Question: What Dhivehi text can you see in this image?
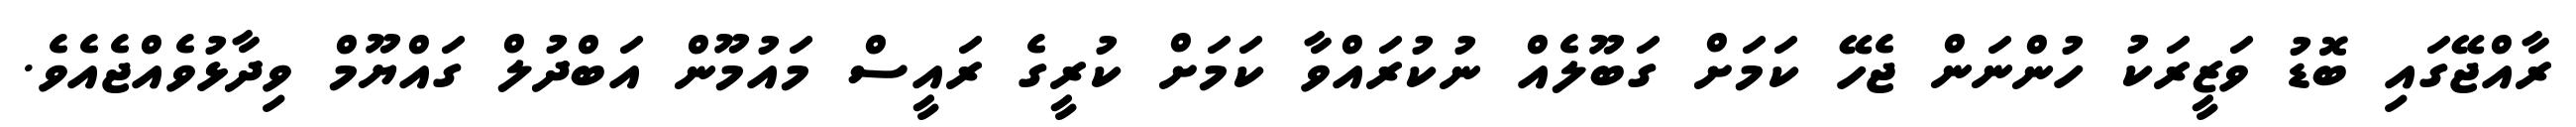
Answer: ރާއްޖޭގައި ބޮޑު ވަޒީރަކު ހުންނަން ޖެހޭ ކަމަށް ގަބޫލެއް ނުކުރައްވާ ކަމަށް ކުރީގެ ރައީސް މައުމޫން އަބްދުލް ގައްޔޫމް ވިދާޅުވެއްޖެއެވެ.